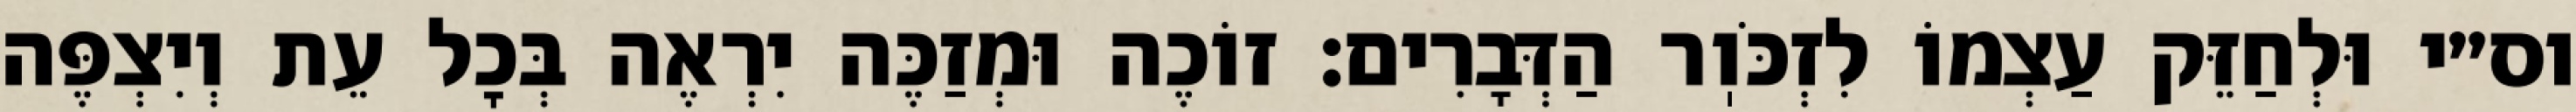
וס״י וּלְחַזֵּק עַצְמוֹ לִזְכֹּוֽר הַדְּבָרִים: זוֹכֶה וּמְזַכֶּה יִרְאֶה בְּכׇל עֵת וְיִצְפֶּה